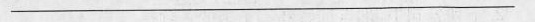
___